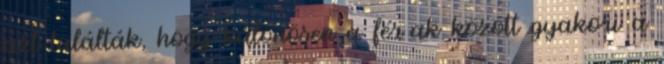
azt találták, hogy különösen a férﬁak között gyakori a